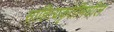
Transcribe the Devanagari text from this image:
साहित्यकृतींमधील